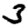
Digit: 3